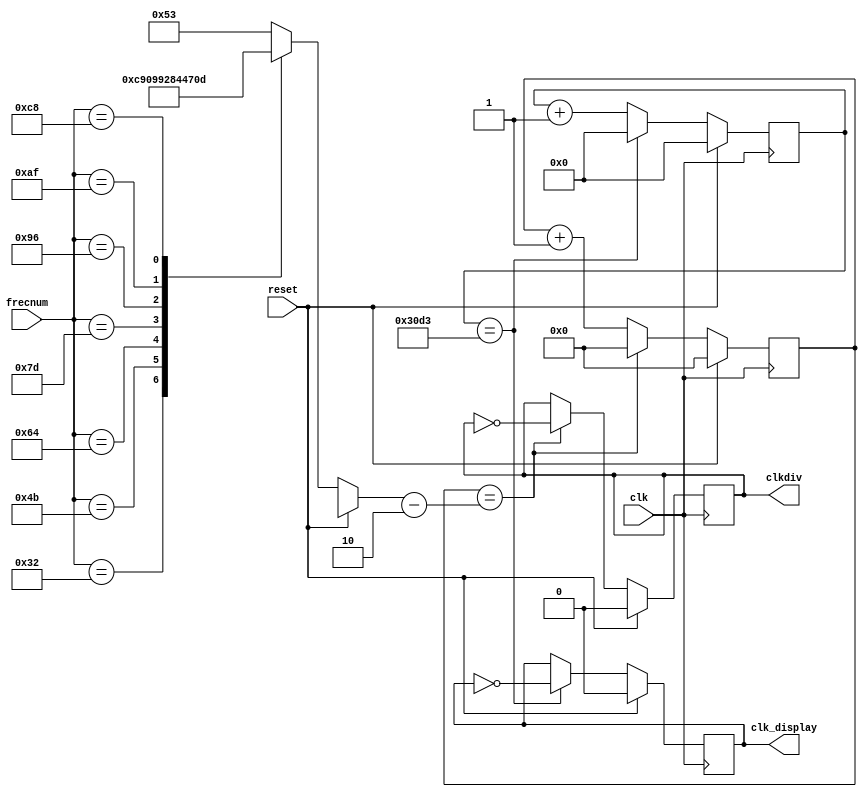
`timescale 1ns / 1ps
//////////////////////////////////////////////////////////////////////////////////
// Company: 
// Engineer: 
// 
// Design Name: 
// Module Name:    Div_2 
// Project Name: 
// Target Devices: 
// Tool versions: 
// Description: 
//
// Dependencies: 
//
// Revision: 
// Revision 0.01 - File Created
// Additional Comments: 
//
//////////////////////////////////////////////////////////////////////////////////
module Divisor_f(
    input clk,
	 input reset,
    input [7:0] frecnum,
    output reg clkdiv,
	 output reg clk_display
	 );
	 
	 reg [6:0] ndiv;
	 reg [6:0] cont_f;
	 reg [13:0] cont_d;
	 
	 always @(posedge clk)
	 begin
	 
		 if (reset)
		 begin
			clkdiv=0;
			clk_display=0;
			ndiv=7'd0;
			cont_f=7'd0;
			cont_d=14'd0;
		 end
		 
		 else
		 begin
			case (frecnum)
            8'd30 : ndiv = 7'b1010011;
            8'd50 : ndiv = 7'b0110010;
            8'd75 : ndiv = 7'b0100001;
            8'd100 : ndiv = 7'b0011001;
            8'd125 : ndiv = 7'b0010100;
            8'd150 : ndiv = 7'b0010001;
            8'd175 : ndiv = 7'b0001110;
            8'd200 : ndiv = 7'b0001101;
            default : ndiv = 7'b1010011;
         endcase
			
			if (cont_f==(ndiv-7'd2))
			begin
				cont_f=7'd0;
				clkdiv=~clkdiv;
			end
			else cont_f=cont_f+7'd1;
				
			if(cont_d==14'd12499)
			begin
				cont_d=14'd0;
				clk_display=~clk_display;
			end
			else cont_d=cont_d+14'd1;
		 end
		 
	 end

endmodule